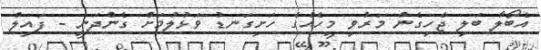
އެބޯލާ ބަލި ޖެހިގެން މަރުވި މީހެއްގެ ހަށިގަނޑު ވަޅުލުމަށް ގެންދަނީ - ފައިލް